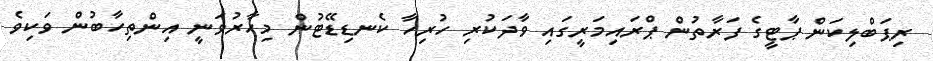
ރިޕަބްލިކަން ޕާޓީގެ ފަރާތުން ޕްރައިމަރީގައި ވާދަކުރި ހުރިހާ ކެނޑިޑޭޓުން މިހާރުވަނީ އިންތިހާބުން ވަަކިވެ